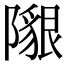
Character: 𨼯